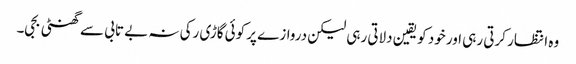
وہ انتظار کرتی رہی اور خود کو یقین دلاتی رہی لیکن دروازے پر کوئی گاڑی رکی نہ بے تابی سے گھنٹی بجی۔